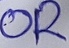
Text: OR